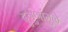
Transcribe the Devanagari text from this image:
दुर्गुणांमुळे